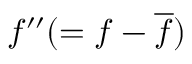
f ^ { \prime \prime } ( = f - \overline { { f } } )